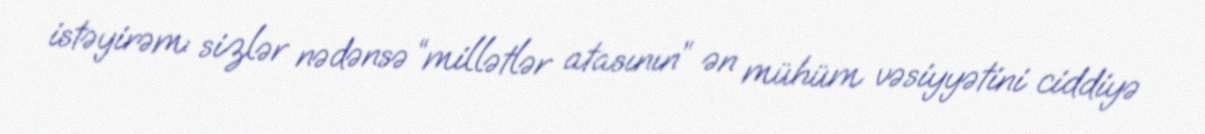
istəyirəm: sizlər nədənsə “millətlər atasının” ən mühüm vəsiyyətini ciddiyə